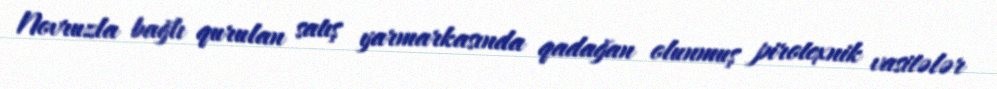
Novruzla bağlı qurulan satış yarmarkasında qadağan olunmuş pirotexnik vasitələr